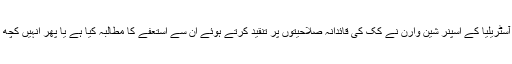
پیٹرسن کا یہ کالم ایسے وقت سامنے آیا ہے جب آسٹریلیا کے اسپنر شین وارن نے کک کی قائدانہ صلاحیتوں پر تنقید کرتے ہوئے ان سے استعفے کا مطالبہ کیا ہے یا پھر انہیں کچھ عرصہ کرکٹ سے دور رہنے کا مشورہ دیا ہے۔